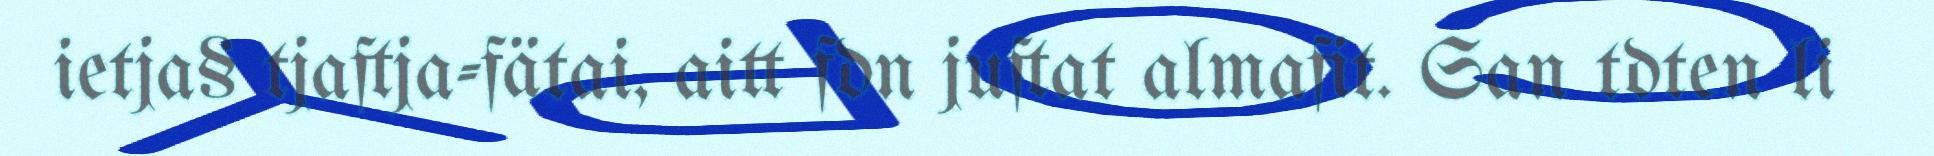
ietja§ tjaftja-fätai, aitt fdn juftat almafit. San tdten li